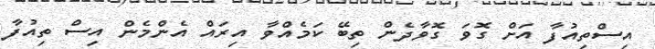
އިސްތިއުފާ އަށް ގޮވަ ގޮވާދެން ތިބޭ ކަމެއްވާ އިރައް އެންމެން އިސް ތިއުފާ